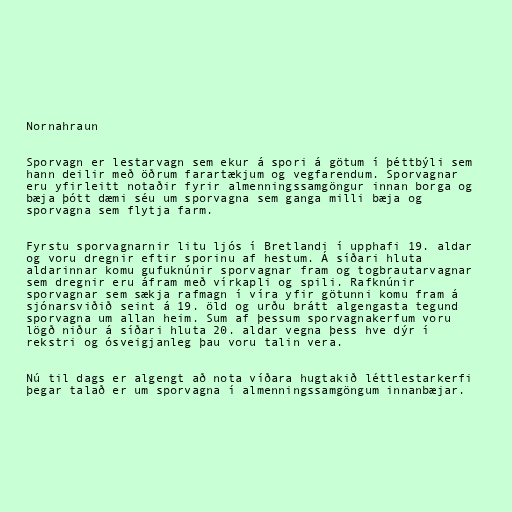
Nornahraun

Sporvagn er lestarvagn sem ekur á spori á götum í þéttbýli sem
hann deilir með öðrum farartækjum og vegfarendum. Sporvagnar
eru yfirleitt notaðir fyrir almenningssamgöngur innan borga og
bæja þótt dæmi séu um sporvagna sem ganga milli bæja og
sporvagna sem flytja farm.

Fyrstu sporvagnarnir litu ljós í Bretlandi í upphafi 19. aldar
og voru dregnir eftir sporinu af hestum. Á síðari hluta
aldarinnar komu gufuknúnir sporvagnar fram og togbrautarvagnar
sem dregnir eru áfram með vírkapli og spili. Rafknúnir
sporvagnar sem sækja rafmagn í víra yfir götunni komu fram á
sjónarsviðið seint á 19. öld og urðu brátt algengasta tegund
sporvagna um allan heim. Sum af þessum sporvagnakerfum voru
lögð niður á síðari hluta 20. aldar vegna þess hve dýr í
rekstri og ósveigjanleg þau voru talin vera.

Nú til dags er algengt að nota víðara hugtakið léttlestarkerfi
þegar talað er um sporvagna í almenningssamgöngum innanbæjar.